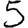
Digit: 5